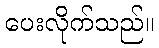
ပေးလိုက်သည်။